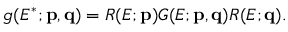
g ( E ^ { * } ; { \bf p } , { \bf q } ) = R ( E ; { \bf p } ) G ( E ; { \bf p } , { \bf q } ) R ( E ; { \bf q } ) .